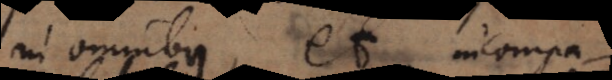
in omnibus, et incompa